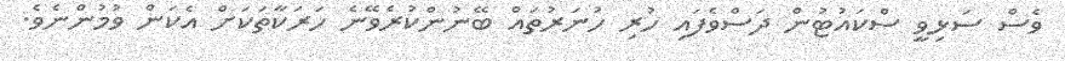
ވެސް ސަޅިވީ ސްކައުޓުން ދަސްވެފައި ހުރި ހުނަރުތައް ބޭނުންކުރެވޭނެ ހަރަކާތަކަށް އެކަން ވުމުންނެވެ.